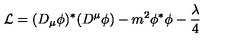
{ \cal L } = ( D _ { \mu } \phi ) ^ { * } ( D ^ { \mu } \phi ) - m ^ { 2 } \phi ^ { * } \phi - \frac \lambda 4